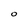
Character: O